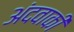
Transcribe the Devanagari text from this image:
अंदवाकी